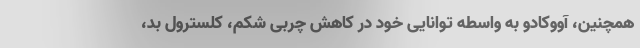
همچنین، آووکادو به واسطه توانایی خود در کاهش چربی شکم، کلسترول بد،